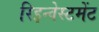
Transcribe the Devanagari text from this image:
रिइन्वेस्टमेंट